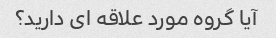
آیا گروه مورد علاقه ای دارید؟